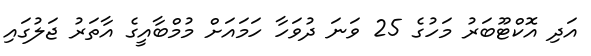
އަދި އޮކްޓޫބަރު މަހުގެ 25 ވަނަ ދުވަހާ ހަމައަށް މުމްބާއީގެ އާތަރު ޖަލުގައި